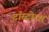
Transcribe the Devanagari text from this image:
टॉरटोरस